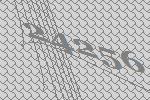
24256